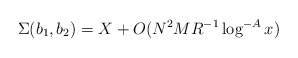
\begin{align*} \Sigma(b_1,b_2)= X + O( N^2 M R^{-1} \log^{-A} x )\end{align*}